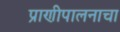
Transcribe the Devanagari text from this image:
प्राणीपालनाचा